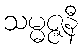
သမ္မဇ္ဇနီ